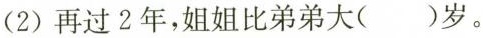
（2）再过2年，姐姐比弟弟大（）岁。